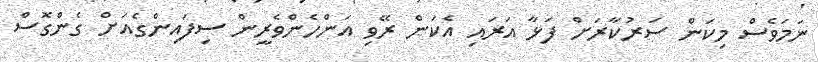
ނަމަވެސް މިކަން ސަރުކާރަށް ފަޅާ އަރައި އެކަން ރޭވި އަންހެންވެރީން ސިފައިންގެއަށް ގެންގޮސް